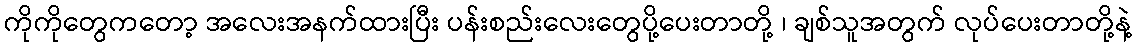
ကိုကိုတွေကတော့ အလေးအနက်ထားပြီး ပန်းစည်းလေးတွေပို့ပေးတာတို့ ၊ ချစ်သူအတွက် လုပ်ပေးတာတို့နဲ့